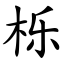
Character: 栎